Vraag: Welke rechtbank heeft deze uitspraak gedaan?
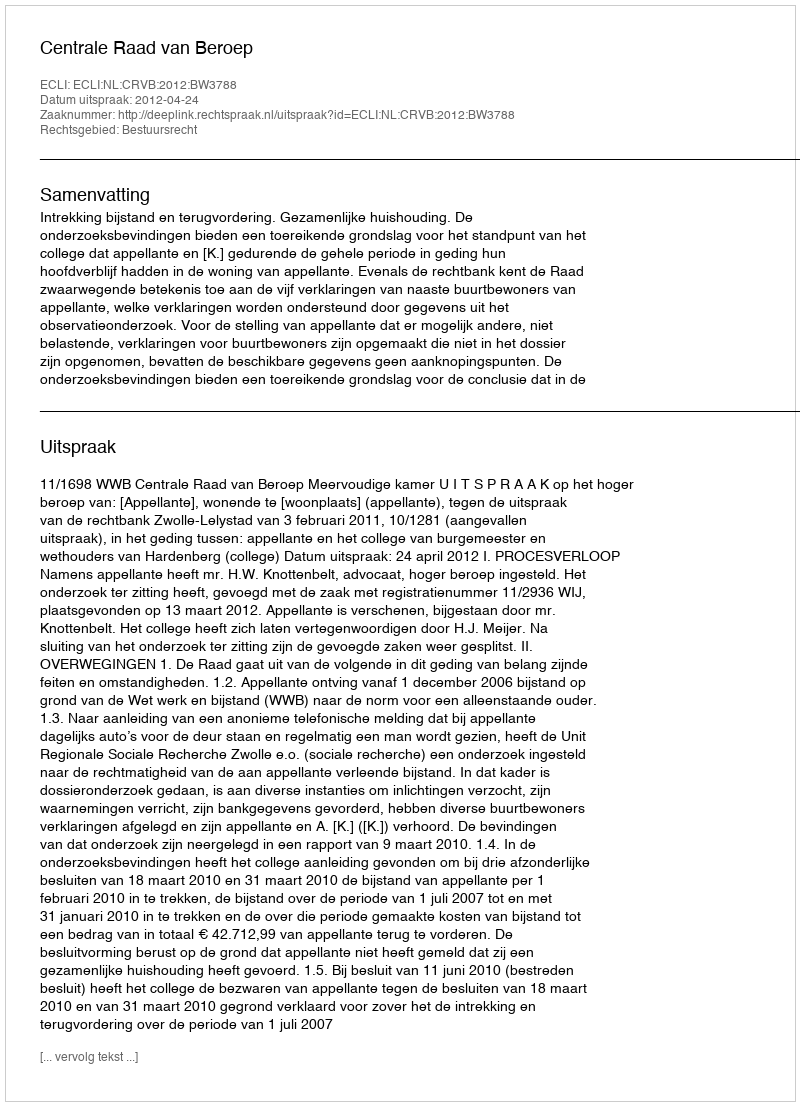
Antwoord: Centrale Raad van Beroep